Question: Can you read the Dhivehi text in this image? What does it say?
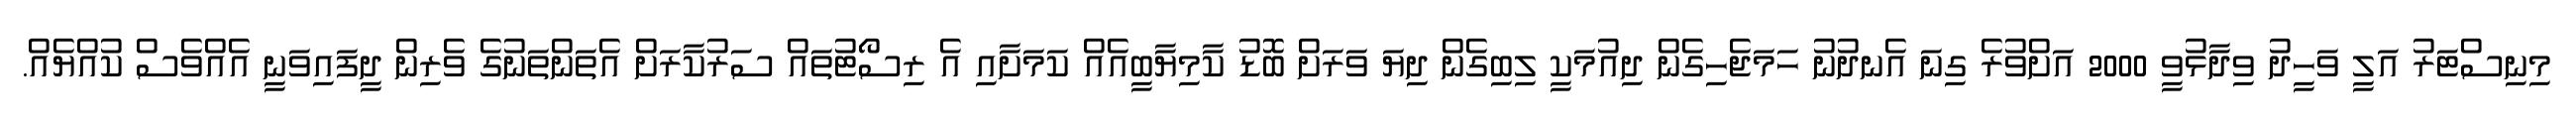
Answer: މިނިސްޓަރު އަލީ ވަހީދު ވިދާޅުވީ 2000 އަށްވުރެ ގިނަ އެނދުނު ހަމަޖެހިގެން ދިއުމަކީ ލިބިގެން ދިޔަ ވަރަށް ބޮޑު ކާމިޔާބީއެއް ކަމަށާއި އެ ރިސޯޓުތައް ސަރުކާރަށް އެތަންތަނުގެ ވެރިން ދީފައިވަނީ އެއްވެސް ކުއްޔެއް.